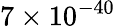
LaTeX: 7\times 10^{-40}